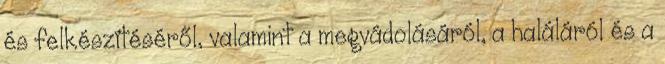
és felkészítéséről, valamint a megvádolásáról, a haláláról és a